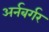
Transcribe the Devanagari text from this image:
अर्नबर्गर